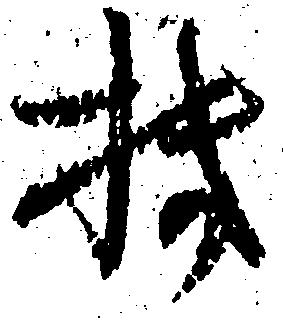
機